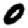
Digit: 0